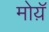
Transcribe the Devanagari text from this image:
मोय़ॅ